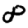
Digit: 8